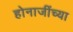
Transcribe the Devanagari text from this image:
होनाजींच्या